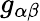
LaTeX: g_{\alpha\beta}